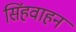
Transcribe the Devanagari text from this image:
सिंहवाहन